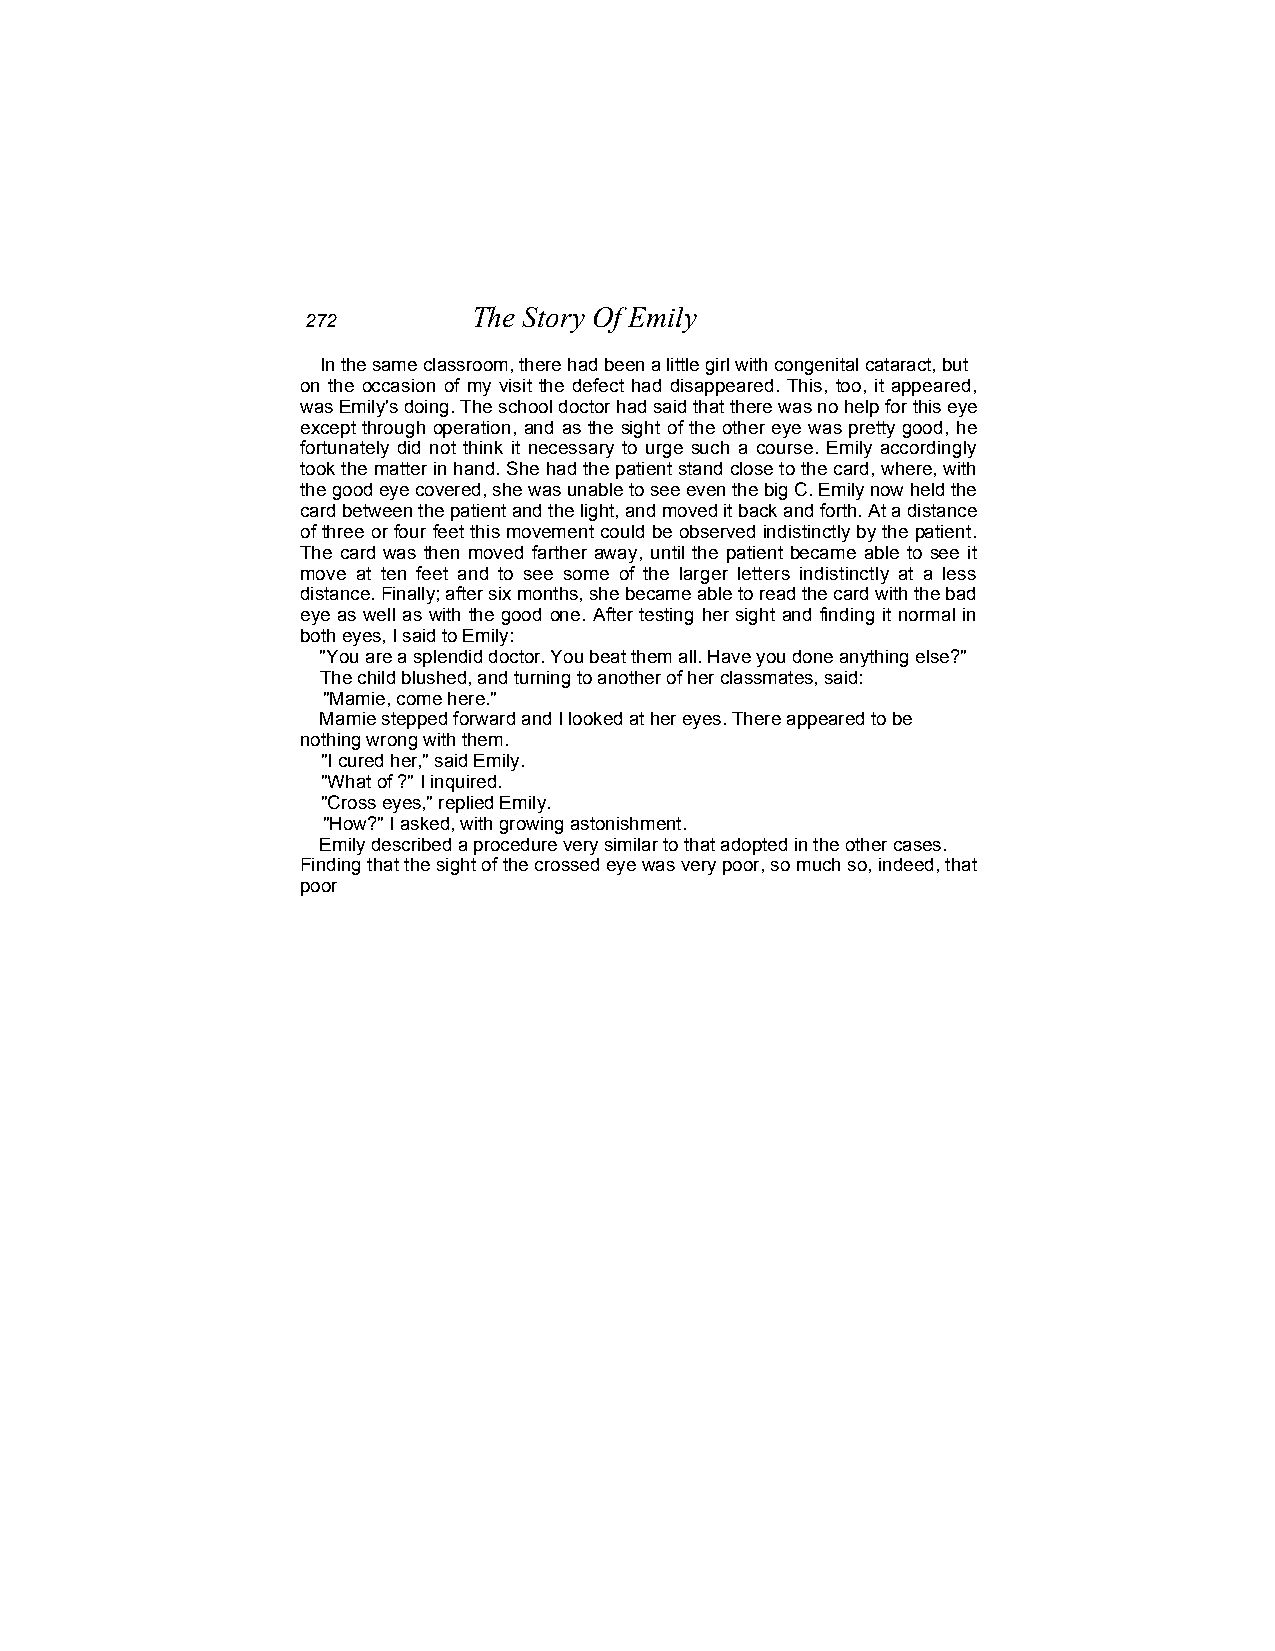
The Story Of Emily
 272
 In the same classroom, there had been a little girl with congenital cataract, but
 on the occasion of my visit the defect had disappeared. This, too, it appeared,
 was Emily's doing. The school doctor had said that there was no help for this eye
 except through operation, and as the sight of the other eye was pretty good, he
 fortunately did not think it necessary to urge such a course. Emily accordingly
 took the matter in hand. She had the patient stand close to the card, where, with
 the good eye covered, she was unable to see even the big C. Emily now held the
 card between the patient and the light, and moved it back and forth. At a distance
 of three or four feet this movement could be observed indistinctly by the patient.
 The card was then moved farther away, until the patient became able to see it
 move at ten feet and to see some of the larger letters indistinctly at a less
 distance. Finally; after six months, she became able to read the card with the bad
 eye as well as with the good one. After testing her sight and finding it normal in
 both eyes, I said to Emily:
 "You are a splendid doctor. You beat them all. Have you done anything else?"
 The child blushed, and turning to another of her classmates, said:
 "Mamie, come here."
 Mamie stepped forward and I looked at her eyes. There appeared to be
 nothing wrong with them.
 "I cured her," said Emily.
 "What of ?" I inquired.
 "Cross eyes," replied Emily.
 "How?" I asked, with growing astonishment.
 Emily described a procedure very similar to that adopted in the other cases.
 Finding that the sight of the crossed eye was very poor, so much so, indeed, that
 poor